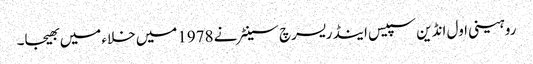
روہینی اول انڈین سپیس اینڈ ریسرچ سینٹر نے 1978میں خلاء میں بھیجا۔